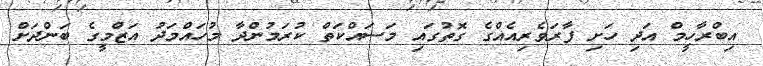
އިބްރާހީމް އަދި ހަށި ފާރަވެރިއެއްގެ ގޮތުގައި މަސައްކަތް ކުރަމުންދާ މުހައްމަދު އަޒްމީގެ ބަންދަށް